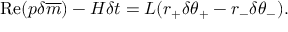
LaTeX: \mathrm { R e } ( p \delta \overline { { { m } } } ) - H \delta t = L ( r _ { + } \delta \theta _ { + } - r _ { - } \delta \theta _ { - } ) .